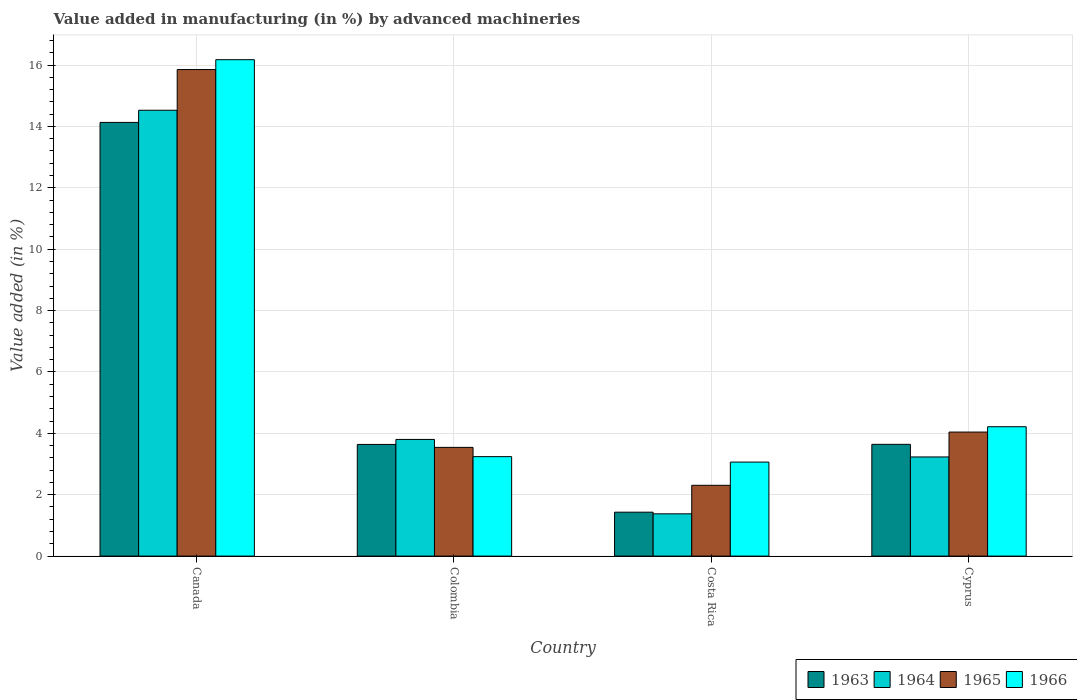
| Country | 1963 | 1964 | 1965 | 1966 |
 | --- | --- | --- | --- | --- |
 | Canada | 14.1 | 14.5 | 15.9 | 16.2 |
 | Colombia | 3.64 | 3.8 | 3.54 | 3.24 |
 | Costa Rica | 1.43 | 1.38 | 2.31 | 3.06 |
 | Cyprus | 3.64 | 3.23 | 4.04 | 4.22 |